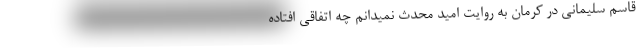
قاسم سلیمانی در کرمان به روایت امید محدث نمیدانم چه اتفاقی افتاده